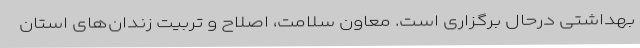
بهداشتی درحال برگزاری است. معاون سلامت، اصلاح و تربیت زندان‌های استان